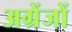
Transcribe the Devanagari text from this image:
अग्रेंजों